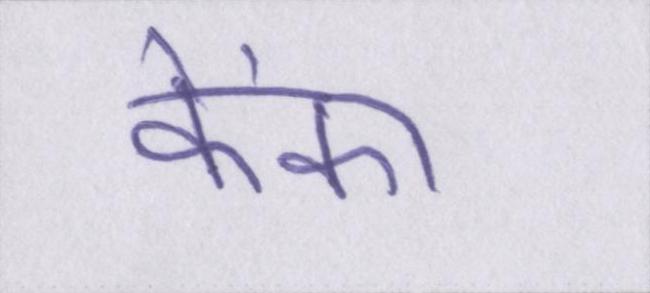
फेंका